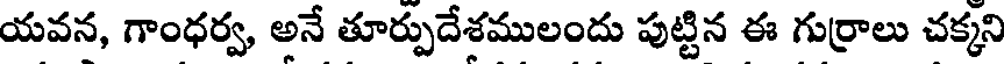
యవన, గాంధర్వ, అనే తూర్పుదేశములందు పుట్టిన ఈ గుర్రాలు చక్కని